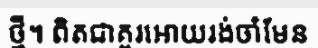
ថ្មី។ ពិតជាគួរអោយរង់ចាំមែន